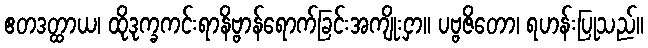
ဧတဒတ္ထာယ၊ ထိုဒုက္ခကင်းရာနိဗ္ဗာန်ရောက်ခြင်းအကျိုးငှာ။ ပဗ္ဗဇိတော၊ ရဟန်းပြုသည်။